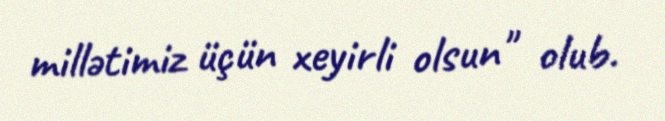
millətimiz üçün xeyirli olsun" olub.